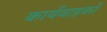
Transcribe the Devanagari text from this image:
कार्यवाहकों